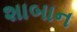
શાબાન